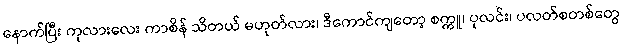
နောက်ပြီး ကုလားလေး ကာစိန် သိတယ် မဟုတ်လား၊ ဒီကောင်ကျတော့ စက္ကူ၊ ပုလင်း၊ ပလတ်စတစ်တွေ